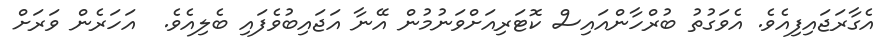
އެގާރަޖައިފިއެވެ. އެވަގުތު ބުރްހާންއައިސް ކޮޓަރިއަށްވަނުމުން އޭނާ އަޖައިބުވެފައި ބެލިއެވެ.  އަހަރެން ވަރަށް